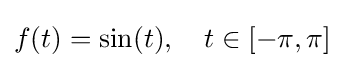
f(t)=\sin(t),\quad t\in [-\pi ,\pi ]